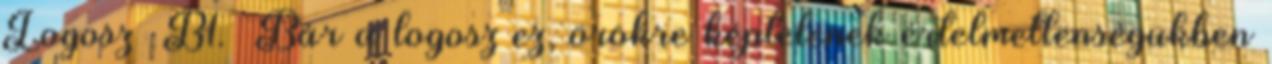
Logosz B1. Bár a logosz ez, örökre képtelenek értelmetlenségükben